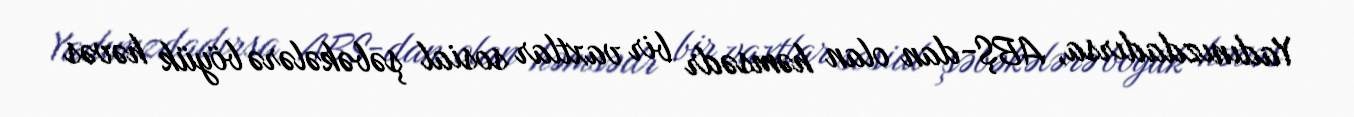
Yadınızdadırsa, ABŞ-dan olan həmsədr bir vaxtlar sosial şəbəkələrə böyük həvəs